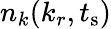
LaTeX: n_{k}(k_{r},t_{\textrm{s}})